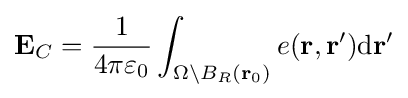
\mathbf {E} _{C}={\frac {1}{4\pi \varepsilon _{0}}}\int _{\Omega \setminus B_{R}(\mathbf {r} _{0})}e(\mathbf {r,\mathbf {r} '} ){\mathrm {d} \mathbf {r} '}